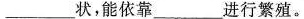
___状，能依靠___进行繁殖。